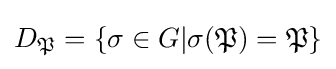
D_{\mathfrak {P}}=\{\sigma \in G|\sigma ({\mathfrak {P}})={\mathfrak {P}}\}